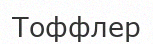
Тоффлер